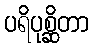
ပရိပုစ္ဆိတာ